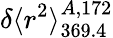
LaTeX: \delta\langle r^{2}\rangle_{369.4}^{A,172}